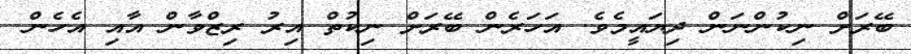
ބޭރަށް ނިކުންނަން ދިޔައީމެވެ. އަހަރެން ބޭރަށް ނިކުތް އިރު ރިޒްވާން އާއި އެހެން